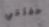
حفلتي